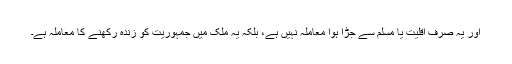
اور یہ صرف اقلیت یا مسلم سے جڑا ہوا معاملہ نہیں ہے، بلکہ یہ ملک میں جمہوریت کو زندہ رکھنے کا معاملہ ہے۔